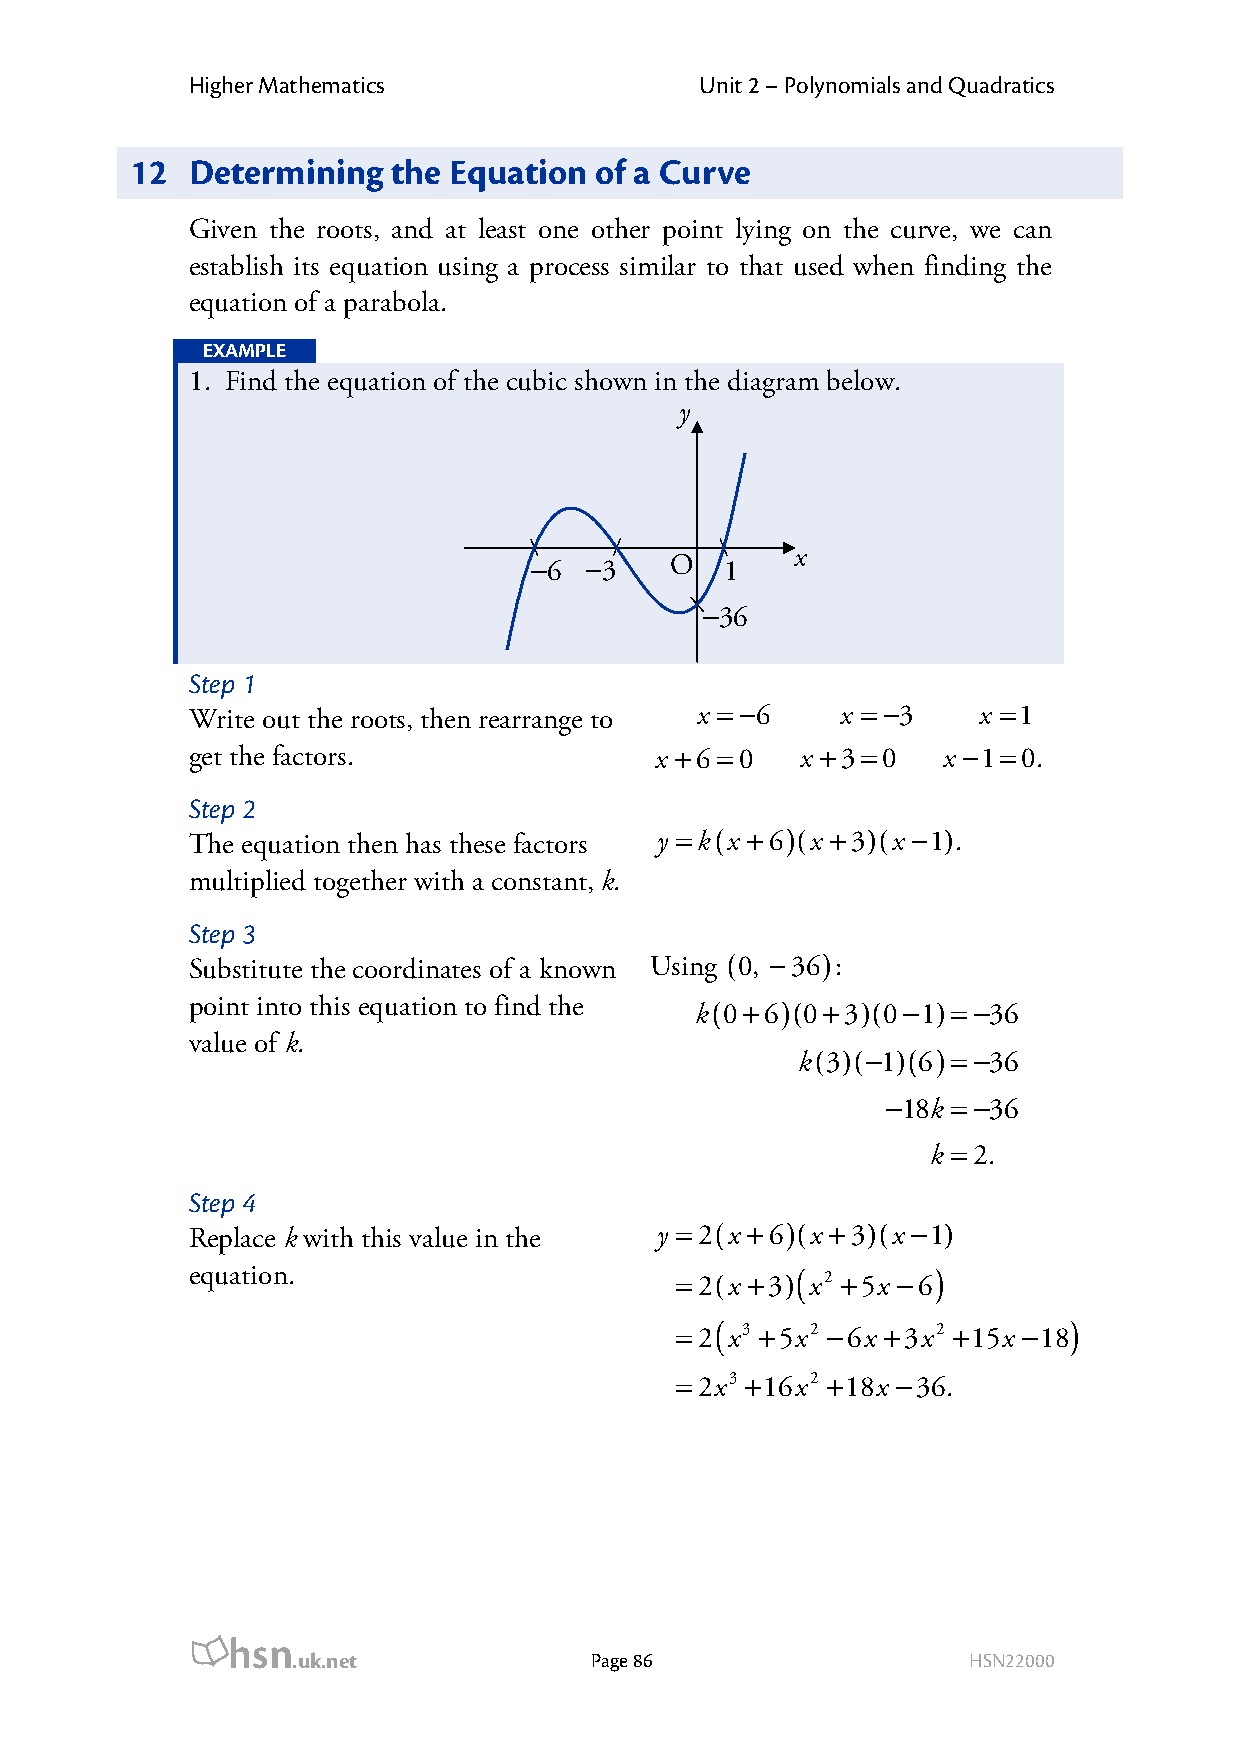
Higher Mathematics               Unit 2 – Polynomials and Quadratics
 12  Determining  the Equation of a Curve
 Given the roots, and at least one other point lying on the curve, we can
 establish its equation using a process similar to that used when finding the
 equation of a parabola.
 EXAMPLE
 1. Find the equation of the cubic shown in the diagram below.
 y
 x
 −6  −3   O   1
 −36
 Step 1
 Write out the roots, then rearrange to x = −6 x = −3 x =1
 get the factors.              x +6 =0   x +3=0   x −1=0.
 Step 2
 The equation then has these factors y =k(x +6)(x +3)(x −1).
 multiplied together with a constant, k.
 Step 3
 Substitute the coordinates of a known Using (0, −36):
 point into this equation to find the k(0+6)(0+3)(0−1)=−36
 value of k.
 k(3)(−1)(6)=−36
 −18k =−36
 k =2.
 Step 4
 Replace k with this value in the y =2(x +6)(x +3)(x −1)
 equation.                       =2(x +3)( x2 +5x −6)
 =2( x3 +5x2 −6x +3x2 +15x −18)
 =2x3 +16x2 +18x −36.
 hsn
 .uk.net             Page 86                  HSN22000